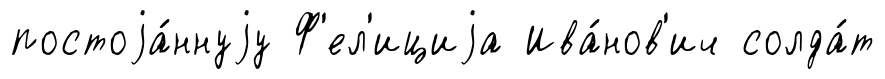
постоjа́ннуjу Ф'ел'ициjа Ива́нов'ич солда́т